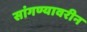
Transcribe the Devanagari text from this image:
सांगण्यावरीन